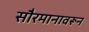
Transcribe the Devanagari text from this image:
सौरमानावरून